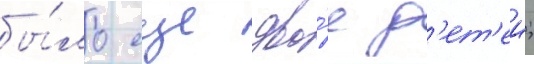
бы́ло еще дво́е д'ет'еи;